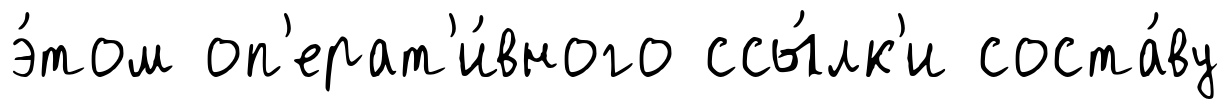
э́том оп'ерат'и́вного ссы́лк'и соста́ву